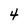
Character: 4